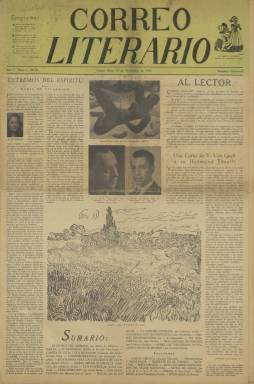
Título: Correo literario (Buenos Aires)
Colección: Literatura
Ámbito geográfico: Argentina
Lugar de publicación: Buenos Aires
Fechas: 15/11/1943-01/09/1945